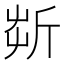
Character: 㪿